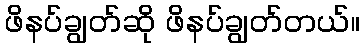
ဖိနပ်ချွတ်ဆို ဖိနပ်ချွတ်တယ်။